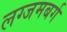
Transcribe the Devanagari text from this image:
लग्जमबर्ग